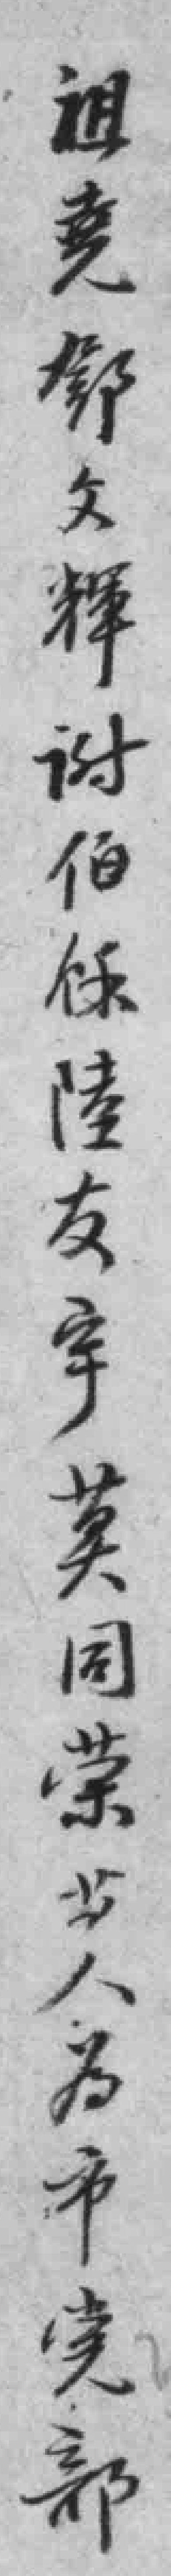
祖堯鄧文輝谢伯餘陸友宇英同荣等人為市党部